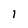
Character: l